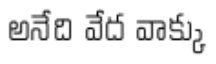
అనేది వేద వాక్కు